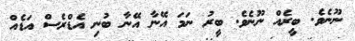
ނޫނެވެ. ބީރެއް ނޫނެވެ. ބީރު ނަމަ އޭނާ އޭނާ ބުނި އެޑްރެސް އަޑެއް